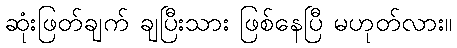
ဆုံးဖြတ်ချက် ချပြီးသား ဖြစ်နေပြီ မဟုတ်လား။